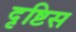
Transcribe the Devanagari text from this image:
दृष्टिस